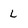
Character: L